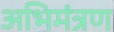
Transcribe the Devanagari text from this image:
अभिमंत्रण